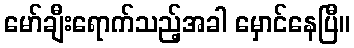
မော်ချီးရောက်သည့်အခါ မှောင်နေပြီ။